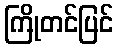
ကြိုတင်ပြင်